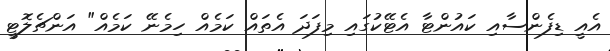
އެއީ ޑިފެންސާއި ކައުންޓާ އެޓޭކުގައި މިފަދަ އެތައް ކަމެއް ހިމެނޭ ކަމެއް" އަންޗެލޮޓީ